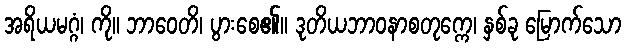
အရိယမဂ္ဂံ၊ ကို။ ဘာဝေတိ၊ ပွားစေ၏။ ဒုတိယဘာဝနာစတုက္ကေ၊ နှစ်ခု မြောက်သော